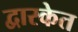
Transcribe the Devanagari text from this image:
द्वारकेत